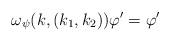
LaTeX: \begin{align*} \omega_{\psi}(k, (k_1, k_2)) \varphi' = \varphi'\end{align*}